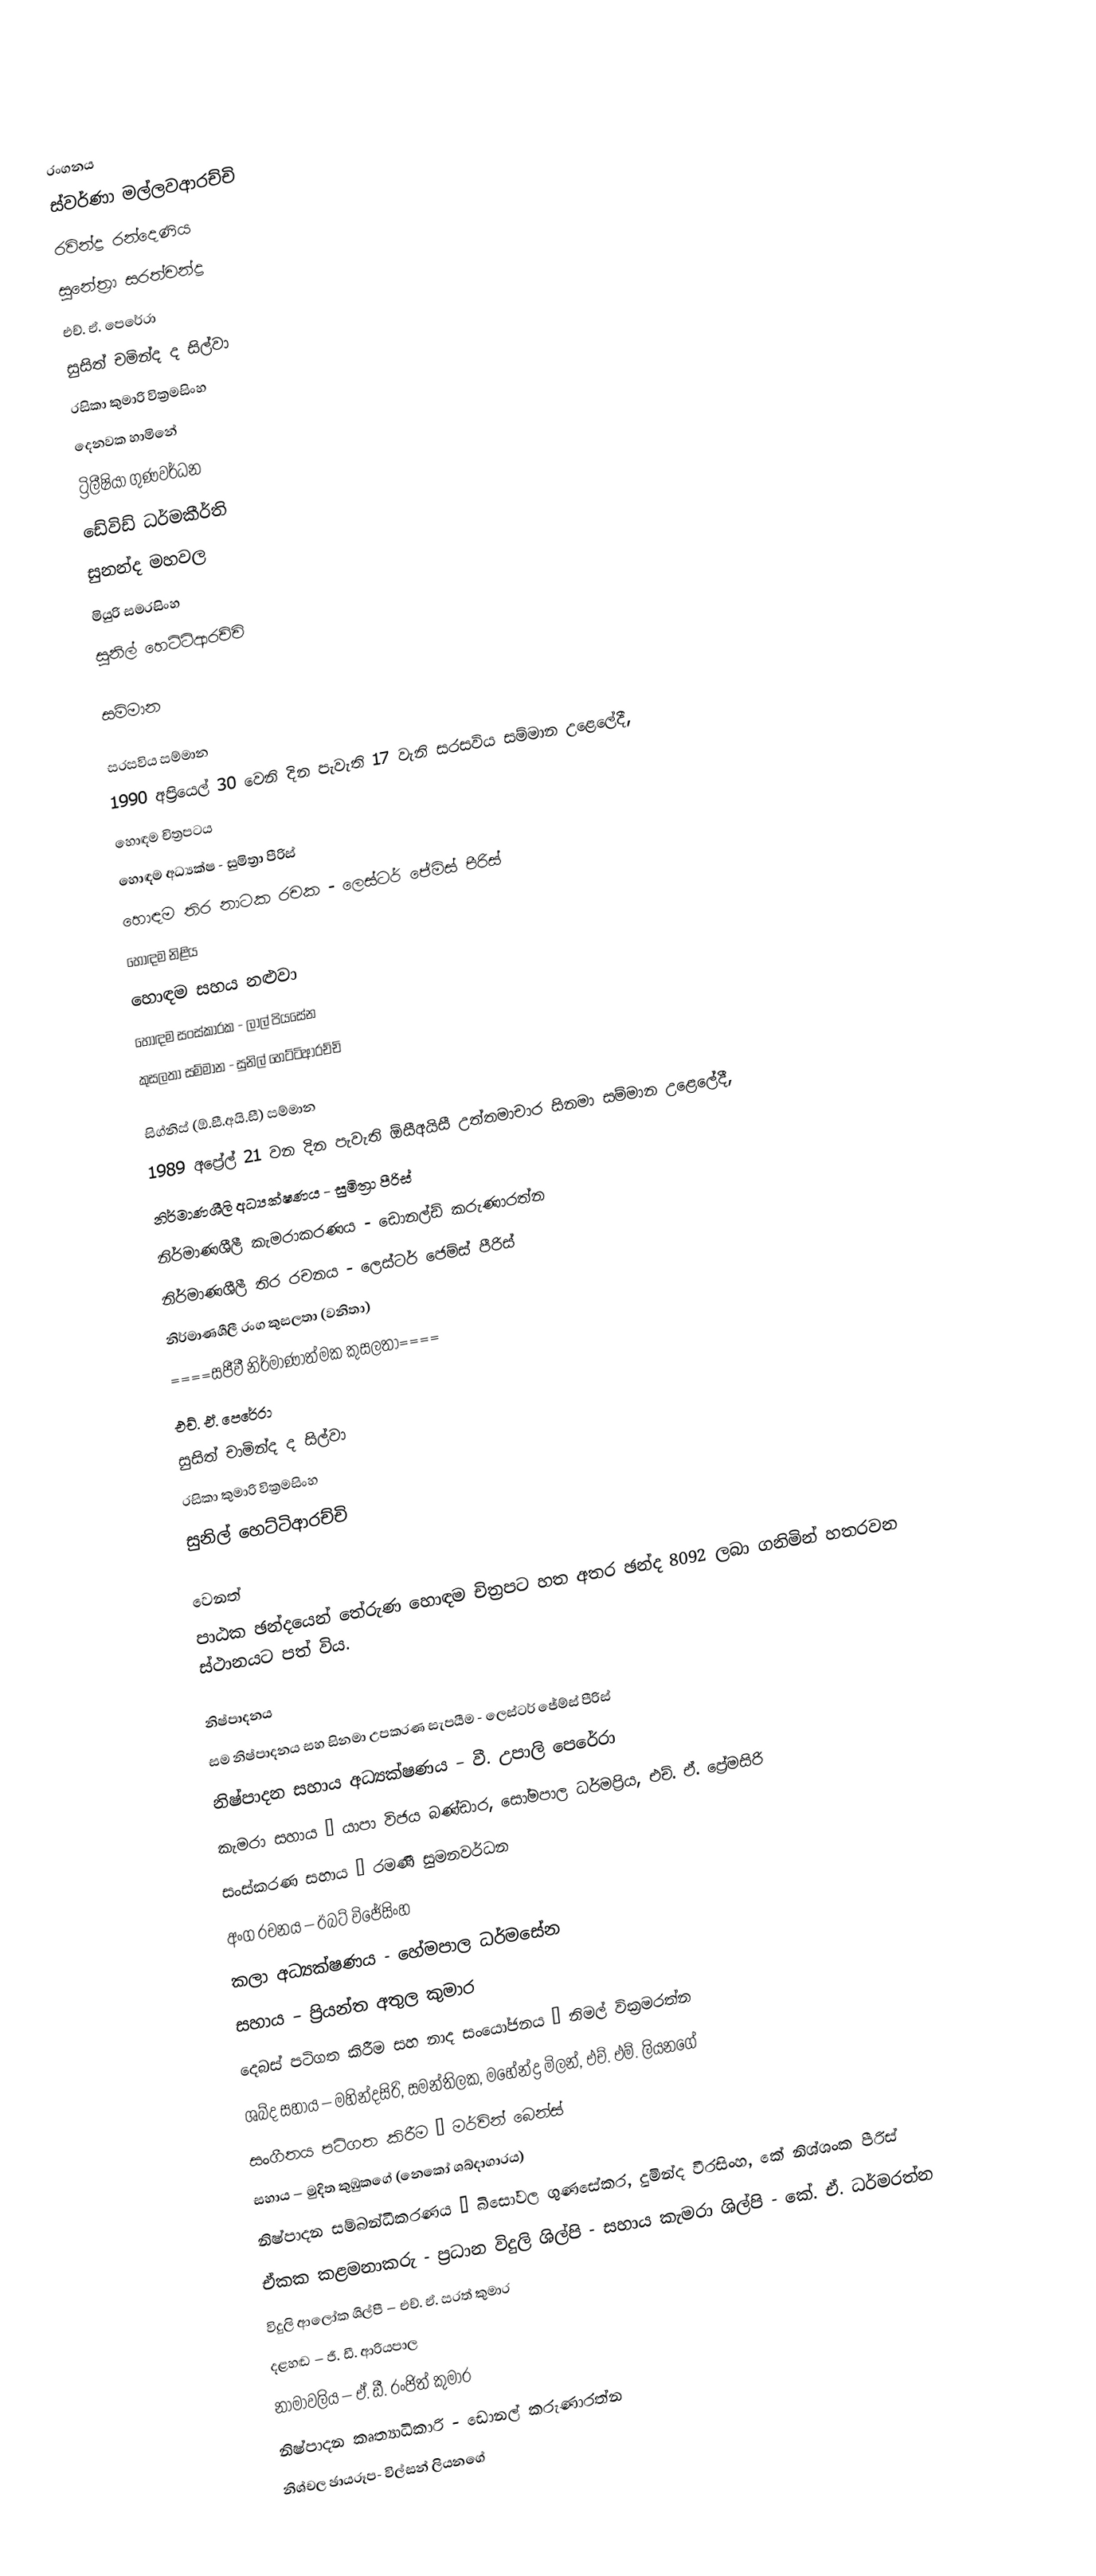

රංගනය
ස්වර්ණා මල්ලවආරච්චි
රවින්ද්‍ර රන්දෙණිය
සුනේත්‍රා සරත්චන්ද්‍ර
එච්. ඒ. පෙරේරා
සුසිත් චමින්ද ද සිල්වා
රසිකා කුමාරි වික්‍රමසිංහ
දෙනවක හාමිනේ
ට්‍රිලීෂියා ගුණවර්ධන
ඩේවිඩ් ධර්මකීර්ති
සුනන්ද මහවල
මියුරි සමරසිංහ
සුනිල් හෙට්ටිආරච්චි

සම්මාන

සරසවිය සම්මාන
1990 අප්‍රියෙල් 30 වෙනි දින පැවැති 17 වැනි සරසවිය සම්මාන උළෙලේදී,
හොඳම චිත්‍රපටය
හොඳම අධ්‍යක්ෂ - සුමිත්‍රා පීරිස්
හොඳම තිර නාටක රචක - ලෙස්ටර් ජේමිස් පීරිස්
හොඳම නිළිය
හොඳම සහය නළුවා
හොඳම සංස්කාරක - ලාල් පියසේන
කුසලතා සම්මාන - සුනිල් හෙට්ටිආරච්චි

සිග්නිස් (ඕ.සී.අයි.සී) සම්මාන
1989 අප්‍රේල් 21 වන දින පැවැති ඕසීඅයිසී උත්තමාචාර සිනමා සම්මාන උළෙලේදී,
නිර්මාණශීලි අධ්‍යක්ෂණය - සුමිත්‍රා පීරිස්
නිර්මාණශීලී කැමරාකරණය - ඩොනල්ඩ් කරුණාරත්න
නිර්මාණශීලී තිර රචනය - ලෙස්ටර් ජෙම්ස් පීරිස්
නිර්මාණශීලී රංග කුසලතා (වනිතා)
====සජීවී නිර්මාණාත්මක කුසලතා====
එච්. ඒ. පෙරේරා
සුසිත් චාමින්ද ද සිල්වා
රසිකා කුමාරි වික්‍රමසිංහ
සුනිල් හෙට්ටිආරච්චි

වෙනත්
පාඨක ඡන්දයෙන් තේරුණ හොඳම චිත්‍රපට හත අතර ඡන්ද 8092 ලබා ගනිමින් හතරවන ස්ථානයට පත් විය.

නිෂ්පාදනය
සම නිෂ්පාදනය සහ සිනමා උපකරණ සැපයීම - ලෙස්ටර් ජේම්ස් පීරිස්
නිෂ්පාදන සහාය අධ්‍යක්ෂණය – වී. උපාලි පෙරේරා
කැමරා සහාය – යාපා විජය බණ්ඩාර, සෝමපාල ධර්මප්‍රිය, එච්. ඒ. ප්‍රේමසිරි
සංස්කරණ සහාය – රමණී සුමනවර්ධන
අංග රචනය – ඊබට් විජේසිංහ
කලා අධ්‍යක්ෂණය - හේමපාල ධර්මසේන
සහාය – ප්‍රියන්ත අතුල කුමාර
දෙබස් පටිගත කිරීම සහ නාද සංයෝජනය – නිමල් වික්‍රමරත්න
ශබ්ද සහාය – මහින්දසිරි, සමන්තිලක, මහේන්ද්‍ර මිලන්, එච්. එම්. ලියනගේ
සංගීතය පටිගත කිරීම – මර්වින් බෙන්ස්
සහාය – මුදිත කුඹුකගේ (නෙකෝ ශබ්දාගාරය)
නිෂ්පාදන සම්බන්ධීකරණය – බිසෝවල ගුණසේකර, දුමින්ද වීරසිංහ, කේ නිශ්ශංක පීරිස්
ඒකක කළමනාකරු - ප්‍රධාන විදුලි ශිල්පි - සහාය කැමරා ශිල්පි - කේ. ඒ. ධර්මරත්න
විදුලි ආලෝක ශිල්පී – එච්. ඒ. සරත් කුමාර
දළහඬ – ජී. ඩී. ආරියපාල
නාමාවලිය – ඒ. ඩී. රංජිත් කුමාර
නිෂ්පාදන කෘත්‍යාධිකාරි - ඩොනල් කරුණාරත්න
නිශ්චල ඡායරූප- විල්සන් ලියනගේ